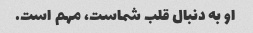
او به دنبال قلب شماست، مهم است.